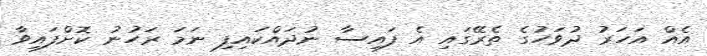
އެއް އަހަރު ދުވަހުގެ ތެރޭގައި އެ ފައިސާ ނުދައްކައިފި ނަމަ ރަހުނު ކޮށްފައިވާ